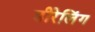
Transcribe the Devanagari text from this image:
डीरेलिंग